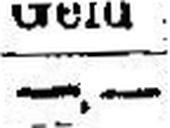
—.—